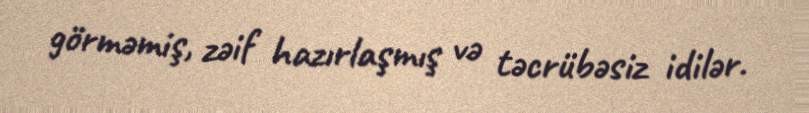
görməmiş, zəif hazırlaşmış və təcrübəsiz idilər.